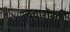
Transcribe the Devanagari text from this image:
त्वचारोंगों